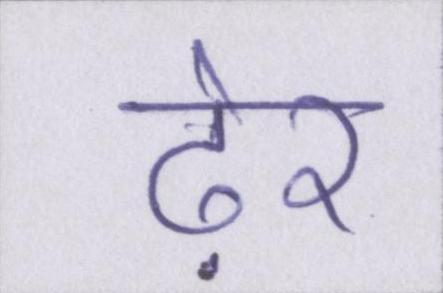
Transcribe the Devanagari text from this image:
ढ़ेर